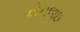
એનલાઇ